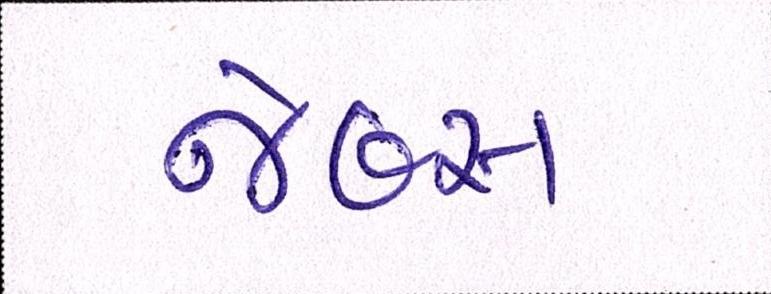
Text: જેબ્સ